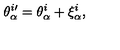
\theta _ { \alpha } ^ { i \prime } = \theta _ { \alpha } ^ { i } + \xi _ { \alpha } ^ { i } ,